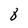
Character: 8